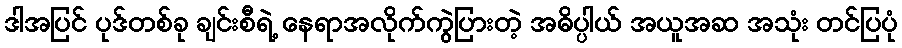
ဒါအပြင် ပုဒ်တစ်ခု ချင်းစီရဲ့ နေရာအလိုက်ကွဲပြားတဲ့ အဓိပ္ပါယ် အယူအဆ အသုံး တင်ပြပုံ